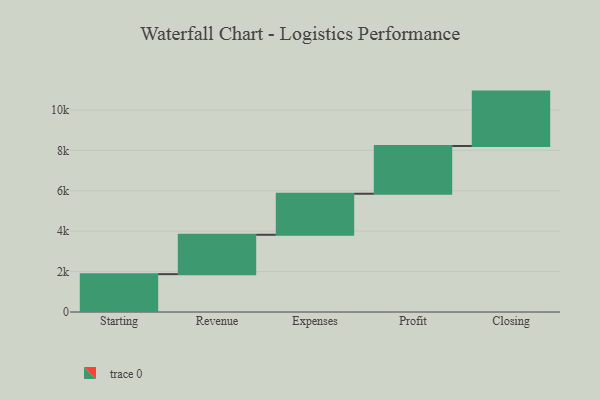
{"axis": {"x": "Step", "y": "Value"}, "legend": [""], "data": [{"x": "Starting", "y": 1873.0, "type": ""}, {"x": "Revenue", "y": 1949.0, "type": ""}, {"x": "Expenses", "y": 2031.0, "type": ""}, {"x": "Profit", "y": 2362.0, "type": ""}, {"x": "Closing", "y": 2692.0, "type": ""}]}